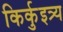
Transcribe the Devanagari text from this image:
किर्कुइत्र्य